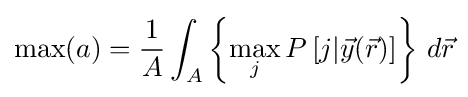
\max(a)={\frac {1}{A}}\int _{A}\left\lbrace \max _{j}P\left[j|{\vec {y}}({\vec {r}})\right]\right\rbrace \,d{\vec {r}}